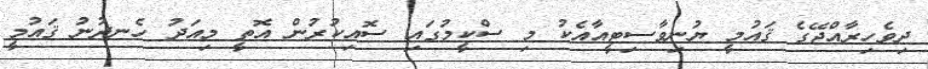
ދިވެހިރާއްޖޭގެ ޤައުމީ ޔުނިވާސިޓީއާއެކު މި ސްކީމުގައި ސޮއިކުރުން އޮތީ މިއަދު ހެނދުނު ޤައުމީ